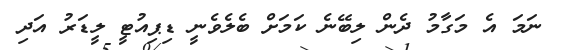
ނަމަ އެ މަގާމު ދެން ލިބޭނެ ކަމަށް ބެލެވެނީ ޑިޕިއުޓީ ލީޑަރު އަދި